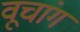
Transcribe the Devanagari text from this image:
वूचांग